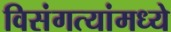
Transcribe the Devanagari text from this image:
विसंगत्यांमध्ये